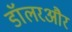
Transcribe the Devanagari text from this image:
डॉलरऔर